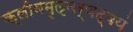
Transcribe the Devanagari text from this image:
क्लीबमृऌवर्णद्वयं